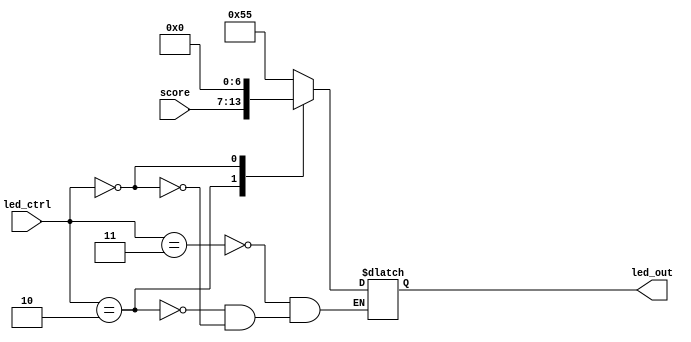
/**
*Module Name:		led_mux.v
*Project:			ToW
*					Connor Emery
*Date of Update:	27/11/2016                                              
*Version:           1.0.0                                                      

*Purpose:           TODO
* 
* 
*Update Log:		v1.0.0
						- intial commit
*/
`timescale 1ns / 1ps

module led_mux(score, led_ctrl, led_out);
	//declaring inputs
	input wire [6:0] score;			//7bit
	input wire [1:0] led_ctrl;		//2bit 
	
	//declaring outputs
	output reg [6:0] led_out;		//7bit
	
	
	//main mux logic
	always @(led_ctrl or score) begin
		case(led_ctrl)
			2'b11:		led_out = 7'b1010101;		//reset state
			2'b10:		led_out = score;				//shows current score
			2'b00:		led_out = 7'b0000000;		//dark state
			default:		led_out <= led_out;			//do nothing
		endcase
	end
	

endmodule